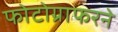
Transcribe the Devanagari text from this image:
फोटोग्राफरने